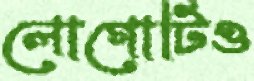
লোগোটিও